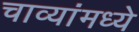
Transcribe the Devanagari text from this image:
चाव्यांमध्ये